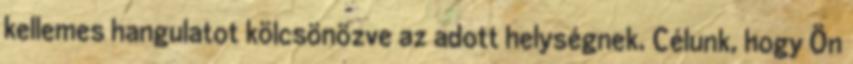
kellemes hangulatot kölcsönözve az adott helységnek. Célunk, hogy Ön